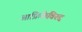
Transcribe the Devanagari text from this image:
आफ्रिकेविरुद्द